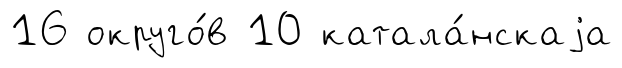
16 округо́в 10 катала́нскаjа